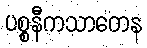
ပစ္စနီကသာတေန